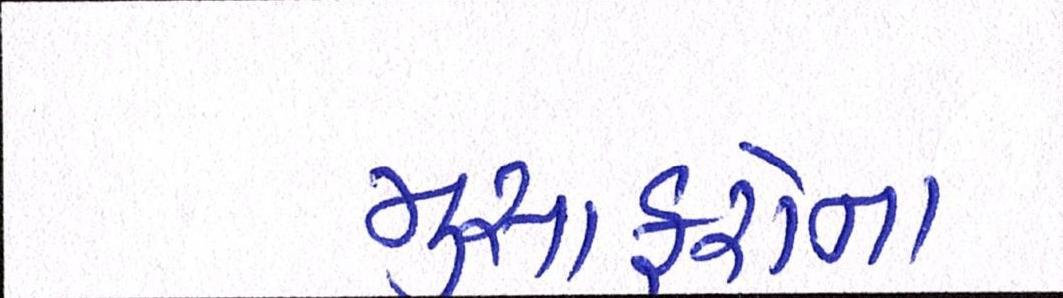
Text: મુસાફરોના